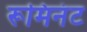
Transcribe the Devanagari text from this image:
रूमिनंट